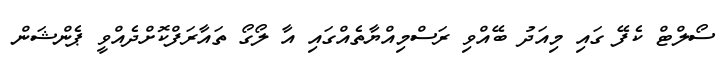
ސޯލްޓް ކެފޭ ގައި މިއަދު ބޭއްވި ރަސްމިއްޔާތެއްގައި އާ ލޯގޯ ތައާރަފްކޮށްދެއްވީ ޕެންޝަން